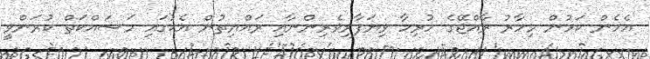
އެހެން ކަމުން މިހާރު ރާއްޖޭގެ ހުރިހާ ވިޔަފާރިވެރިންނާއި ރައްޔިތުން އެކުގައި މަސައްކަތް ކުރަންވީ